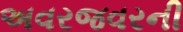
અવરજવરની